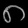
Digit: ၈